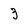
Character: 3